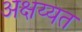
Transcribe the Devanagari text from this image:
अक्षय्यत